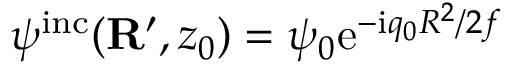
\psi ^ { \mathrm { i n c } } ( { \bf R } ^ { \prime } , z _ { 0 } ) = \psi _ { 0 } \mathrm { e } ^ { - \mathrm { i } q _ { 0 } R ^ { 2 } / 2 f }